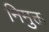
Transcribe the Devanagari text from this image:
निमुक्त